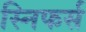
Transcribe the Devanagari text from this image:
स्निफर्स